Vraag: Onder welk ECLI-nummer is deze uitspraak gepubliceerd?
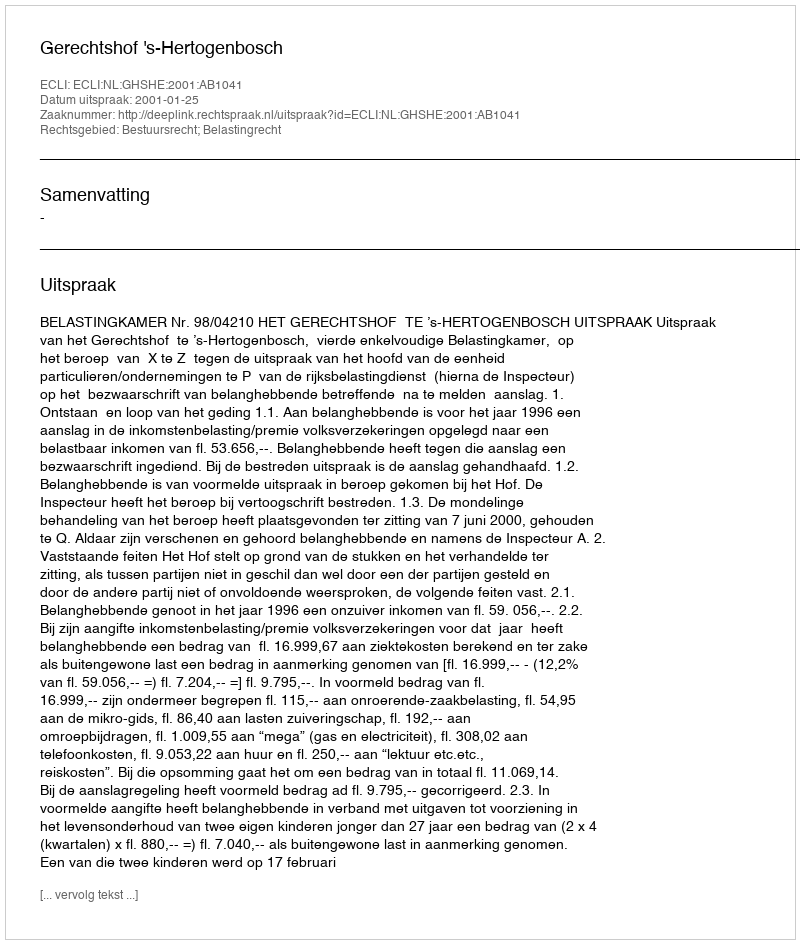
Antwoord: ECLI:NL:GHSHE:2001:AB1041